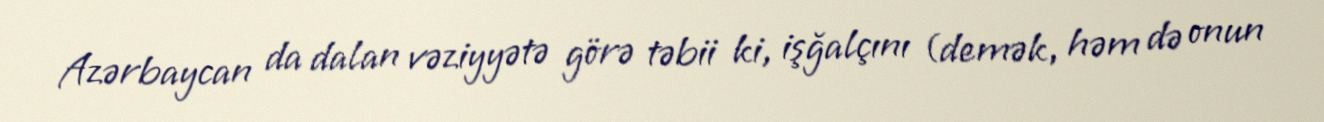
Azərbaycan da dalan vəziyyətə görə təbii ki, işğalçını (demək, həm də onun